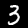
Digit: 3